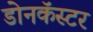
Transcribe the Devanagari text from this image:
डोनकॅस्टर